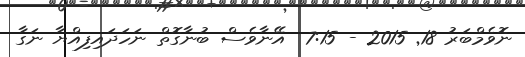
ނޮވެމްބަރު 18